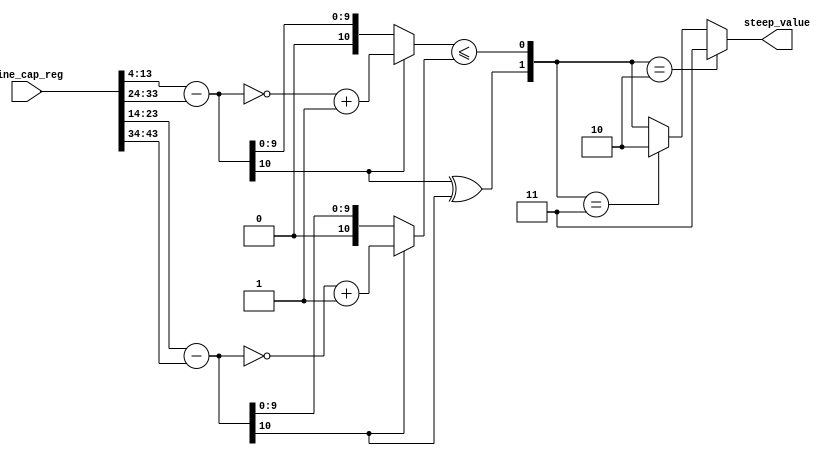
module steep_calculator(line_cap_reg,steep_value);

input [43:0] line_cap_reg;
output [1:0] steep_value;


wire [9:0] x_0, y_0, x_1, y_1;
wire signed [10:0] dy_, dx_;
wire signed [10:0] abs_dy, abs_dx; //2'sc for slope/steep determination
wire [1:0] steep_value;
wire [1:0] octant_select;
wire slope_steep;
wire slope_polarity; 

assign x_0 = line_cap_reg[43:34];
assign y_0 = line_cap_reg[33:24];
assign x_1 = line_cap_reg[23:14];
assign y_1 = line_cap_reg[13:4];


//deterimine change in height/width for slope
assign dy_ = y_1 - y_0;
assign dx_ = x_1 - x_0;
assign abs_dy = (dy_[10]) ? (~dy_ + 1'b1) : dy_;
assign abs_dx = (dx_[10]) ? (~dx_ + 1'b1) : dx_;

//inversion tree to assign absolute values

//determine polarity/quadrant (is slope + or -?)
assign slope_polarity = dy_[10] ^ dx_[10];
//deterimine if dy <= dx (relational op evaluates to 1/0)
assign slope_steep = (abs_dy <= abs_dx);
//custom truth table
assign octant_select = {slope_polarity, slope_steep};
assign steep_value = (octant_select == 2'b10) ? 2'b11:
                      (octant_select == 2'b11) ? 2'b10: octant_select;

//to find steep quadrant 
endmodule